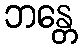
ဘန္တေ